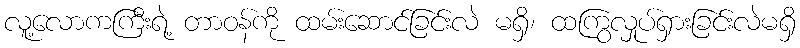
လူ့လောကကြီးရဲ့ တာဝန်ကို ထမ်းဆောင်ခြင်းလဲ မရှိ၊ ထကြွလှုပ်ရှားခြင်းလဲမရှိ